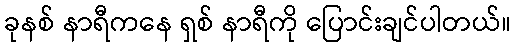
ခုနစ် နာရီကနေ ရှစ် နာရီကို ပြောင်းချင်ပါတယ်။